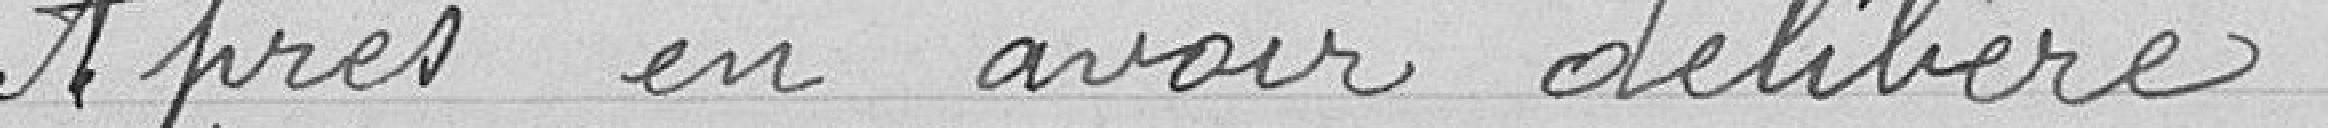
Après en avoir délibéré: